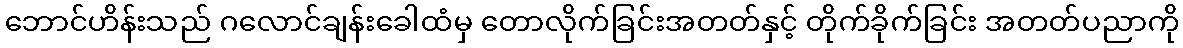
ဘောင်ဟိန်းသည် ဂလောင်ချန်းခေါထံမှ တောလိုက်ခြင်းအတတ်နှင့် တိုက်ခိုက်ခြင်း အတတ်ပညာကို